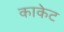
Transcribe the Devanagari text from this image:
काकेट